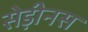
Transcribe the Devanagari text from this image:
सेड़ीनस